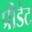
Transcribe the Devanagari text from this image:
प्रीडेट